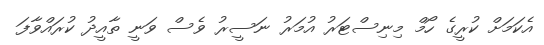
އެކަމަށް ކުރީގެ ހޯމް މިނިސްޓަރު އުމަރު ނަސީރު ވެސް ވަނީ ތާއީދު ކުރައްވާފަ